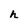
Character: h